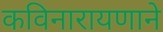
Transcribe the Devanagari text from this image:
कविनारायणाने